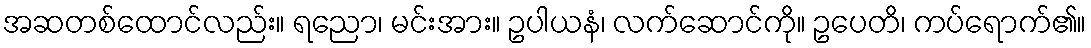
အဆတစ်ထောင်လည်း။ ရညော၊ မင်းအား။ ဥပါယနံ၊ လက်ဆောင်ကို။ ဥပေတိ၊ ကပ်ရောက်၏။